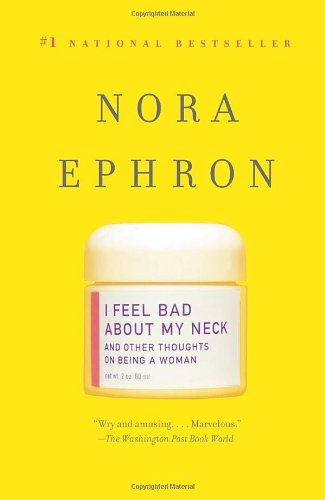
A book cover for I Feel Bad About My Neck: And Other Thoughts on Being a Woman; Nora Ephron; Humor & Entertainment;